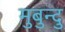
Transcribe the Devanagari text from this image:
मुबुन्दु